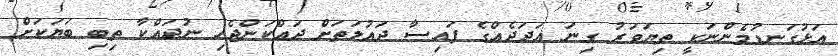
އަޅުގަނޑުމެންނަކީ ތިޔަވަރު ގިނަ އަދަދެއްގެ ފައިސާ ދައުލަތަށް ދައްކަންޖެހި ނުދައްކާ ތިބި ބަޔަަކަށް